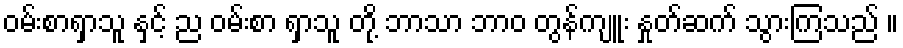
ဝမ်းစာရှာသူ နှင့် ည ဝမ်းစာ ရှာသူ တို့ ဘာသာ ဘာဝ တွန်ကျူး နှုတ်ဆက် သွားကြသည် ။